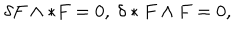
\delta F \wedge * F = 0 , \ \delta * F \wedge F = 0 , \